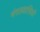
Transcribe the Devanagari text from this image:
मंगलवासियों